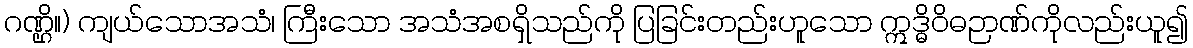
ဂဏ္ဌိ။) ကျယ်သောအသံ၊ ကြီးသော အသံအစရှိသည်ကို ပြခြင်းတည်းဟူသော ဣဒ္ဓိဝိဓဉာဏ်ကိုလည်းယူ၍